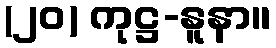
(၂၀) ကုဋ္ဌ-နူနာ။